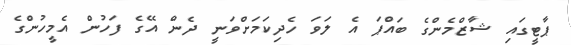
ޕާޓީގައި ޝާޒްމެންގެ ބައްޕަ އެ ލަވަ ހެދިކަމަށްވަނީ ދެން އޭގެ ފަހުން އެމީހުންގެ